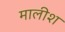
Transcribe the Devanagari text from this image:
मालीश